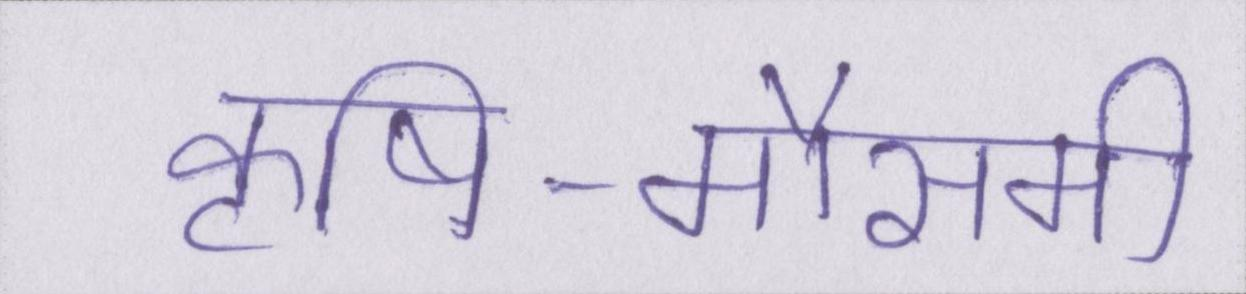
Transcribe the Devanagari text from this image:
कृषि-मौसमी